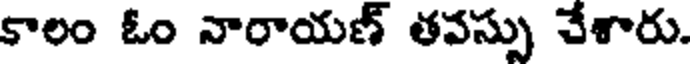
కాలం ఓం నారాయణ్ తవస్సు చేశారు.